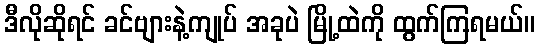
ဒီလိုဆိုရင် ခင်ဗျားနဲ့ကျုပ် အခုပဲ မြို့ထဲကို ထွက်ကြရမယ်။